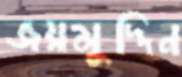
জয়মুদ্দিন